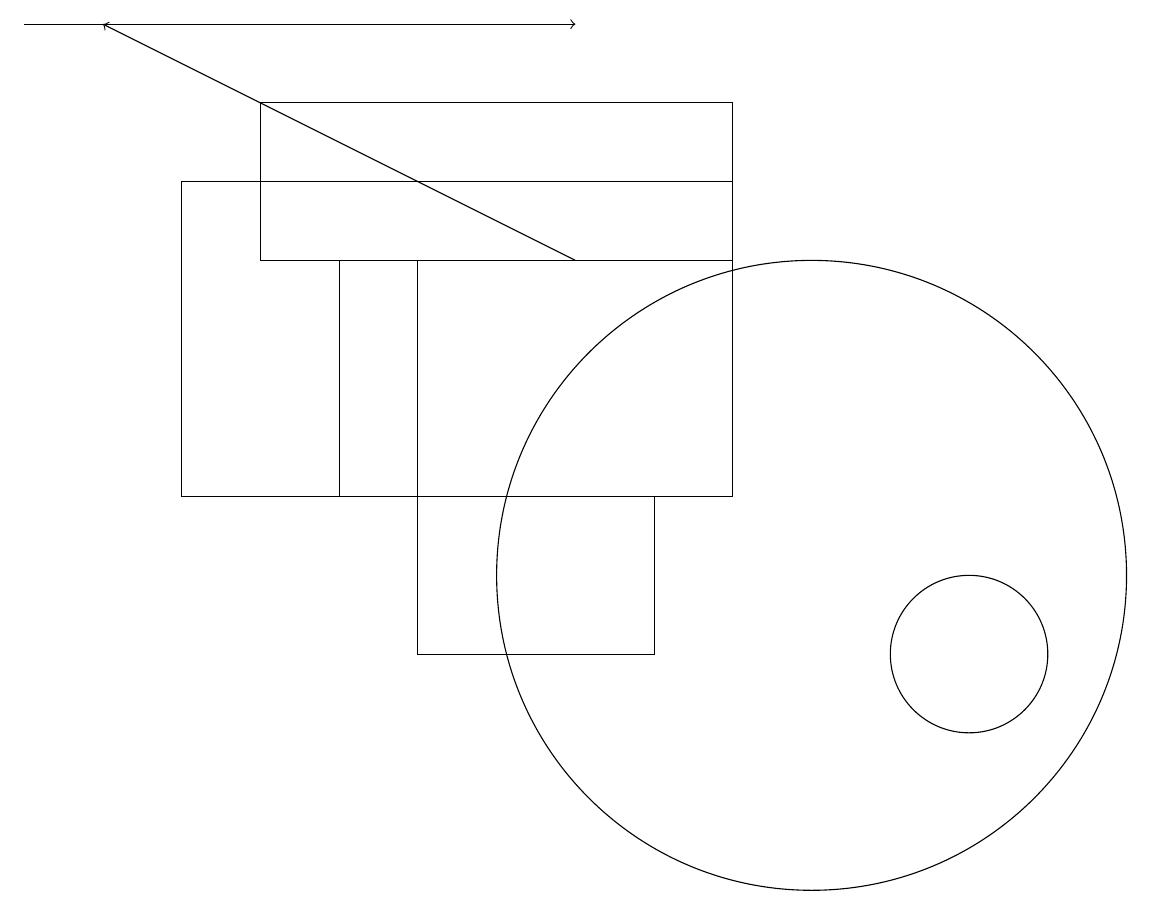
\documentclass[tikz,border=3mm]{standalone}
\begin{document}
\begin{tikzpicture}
\draw (10,11) circle (4);
\draw (9,12) rectangle (2,16);
\draw[->] (7,15) -- (1,18);
\draw (8,10) rectangle (5,12);
\draw (9,15) rectangle (3,17);
\draw (12,10) circle (1);
\draw[->] (0,18) -- (7,18);
\draw (4,15) rectangle (5,12);
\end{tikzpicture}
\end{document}